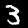
Label: 3